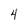
Character: 4